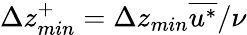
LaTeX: \Delta z_{min}^{+}=\Delta z_{min}\overline{{u^{*}}}/\nu